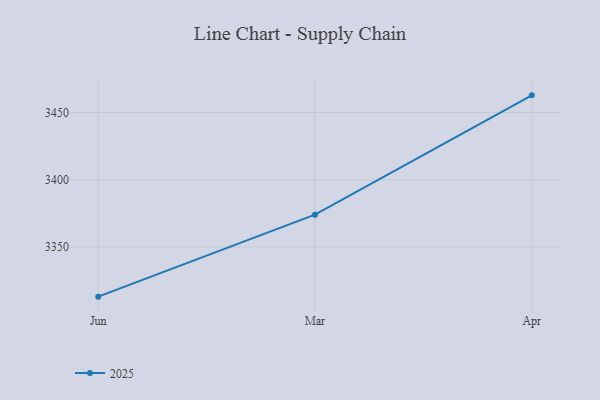
{"axis": {"x": "Month", "y": "Shipments"}, "legend": ["2025"], "data": [{"x": "Jun", "y": 3313.2, "type": "2025"}, {"x": "Mar", "y": 3374.1, "type": "2025"}, {"x": "Apr", "y": 3462.7, "type": "2025"}]}